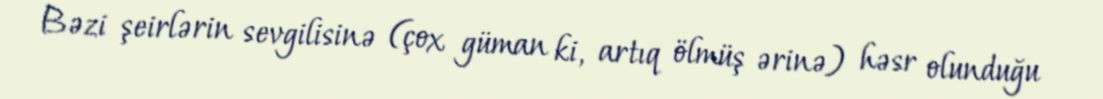
Bəzi şeirlərin sevgilisinə (çox güman ki, artıq ölmüş ərinə) həsr olunduğu